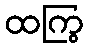
ထကြွ